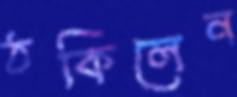
ঠকিলেন